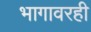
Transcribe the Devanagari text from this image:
भागावरही